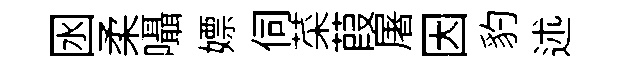
囦柔囁嫖伺菜葭屠因豹述